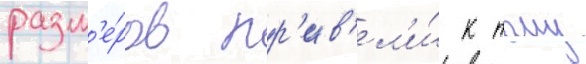
разм'е́ров пр'ив'ел'и́ к тому